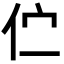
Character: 伫